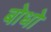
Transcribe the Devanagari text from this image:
बोधो